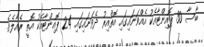
ބާސާ 30 ޕޮއިންޓާއެކު އެއްވަނައިގައި އޮތްއިރު ދެވަނައިގައި 24 ޕޮއިންޓާއެކު އޮތީ ރެއާލެވެ.